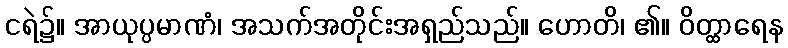
ငရဲ၌။ အာယုပ္ပမာဏံ၊ အသက်အတိုင်းအရှည်သည်။ ဟောတိ၊ ၏။ ဝိတ္ထာရေန